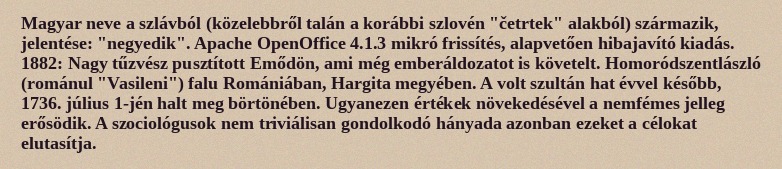
Magyar neve a szlávból (közelebbről talán a korábbi szlovén "četrtek" alakból) származik, jelentése: "negyedik". Apache OpenOffice 4.1.3 mikró frissítés, alapvetően hibajavító kiadás. 1882: Nagy tűzvész pusztított Emődön, ami még emberáldozatot is követelt. Homoródszentlászló (románul "Vasileni") falu Romániában, Hargita megyében. A volt szultán hat évvel később, 1736. július 1-jén halt meg börtönében. Ugyanezen értékek növekedésével a nemfémes jelleg erősödik. A szociológusok nem triviálisan gondolkodó hányada azonban ezeket a célokat elutasítja.